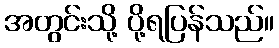
အတွင်းသို့ ပို့ရပြန်သည်။